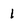
Character: 1